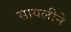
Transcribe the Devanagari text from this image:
सायलीने